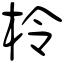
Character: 柃